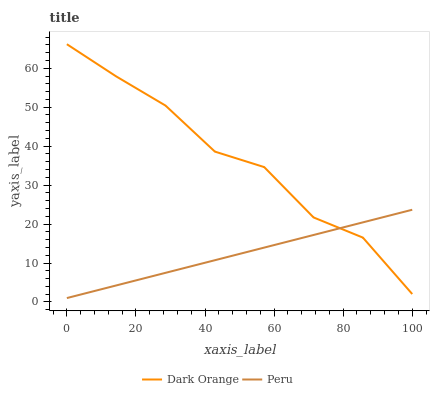
| xaxis_label | Dark Orange | Peru |
 | --- | --- | --- |
 | 0 | 66.2 | 1 |
 | 14.3 | 57.9 | 4.24 |
 | 28.6 | 50.4 | 7.48 |
 | 42.9 | 38.6 | 10.7 |
 | 57.1 | 34.6 | 14 |
 | 71.4 | 21.7 | 17.2 |
 | 85.7 | 16.5 | 20.4 |
 | 100 | 2.04 | 23.7 |